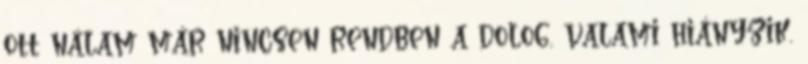
ott nálam már nincsen rendben a dolog, valami hiányzik.